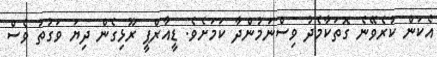
އެކަން ކުރެވޭނެ ގޮތަކާމެދު ވިސްނަމުންދާ ކަމަށެވެ. ޑީއާރްޕީ ރޫޅިގެން ދިޔަ ވަގުތު ވެސް